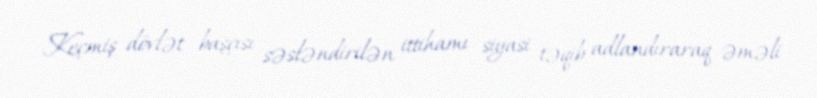
Keçmiş dövlət başçısı səsləndirilən ittihamı siyasi təqib adlandıraraq əməli